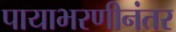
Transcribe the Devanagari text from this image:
पायाभरणीनंतर